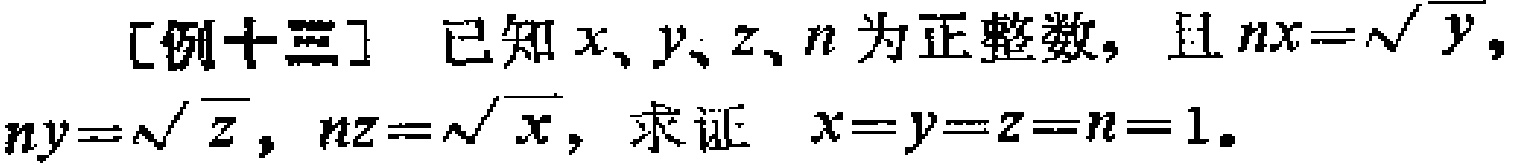
[例十三] 已知\(x、y、z、n\)为正整数，且\(nx = \sqrt{y}\)，\(ny = \sqrt{z}\)，\(nz = \sqrt{x}\)，求证 \(x = y = z = n = 1\)。